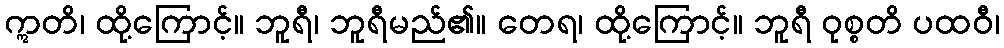
ဣတိ၊ ထို့ကြောင့်။ ဘူရီ၊ ဘူရီမည်၏။ တေရ၊ ထို့ကြောင့်။ ဘူရီ ဝုစ္စတိ ပထဝီ၊